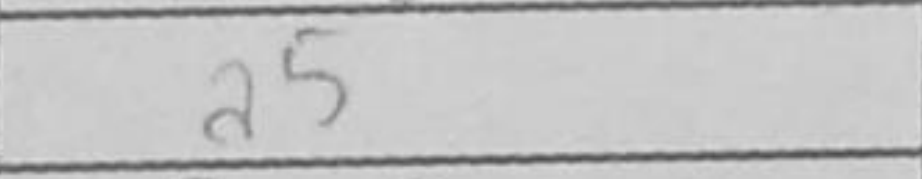
Transcription: a5